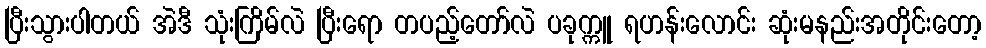
ပြီးသွားပါတယ် အဲဒီ သုံးကြိမ်လဲ ပြီးရော တပည့်တော်လဲ ပခုက္ကူ ရဟန်းလောင်း ဆုံးမနည်းအတိုင်းတော့